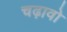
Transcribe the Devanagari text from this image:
चढ़ावो